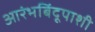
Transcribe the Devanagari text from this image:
आरंभबिंदूपाशी